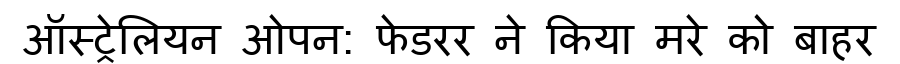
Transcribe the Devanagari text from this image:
ऑस्ट्रेलियन ओपन: फेडरर ने किया मरे को बाहर